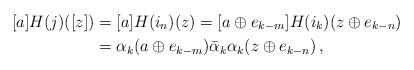
LaTeX: \begin{align*}[a]H(j)([z])&=[a]H(i_n)(z)=[a\oplus e_{k-m}]H(i_{k})(z\oplus e_{k-n})\\&=\alpha_k(a\oplus e_{k-m})\bar{\alpha}_k\alpha_k (z\oplus e_{k-n})\,,\end{align*}